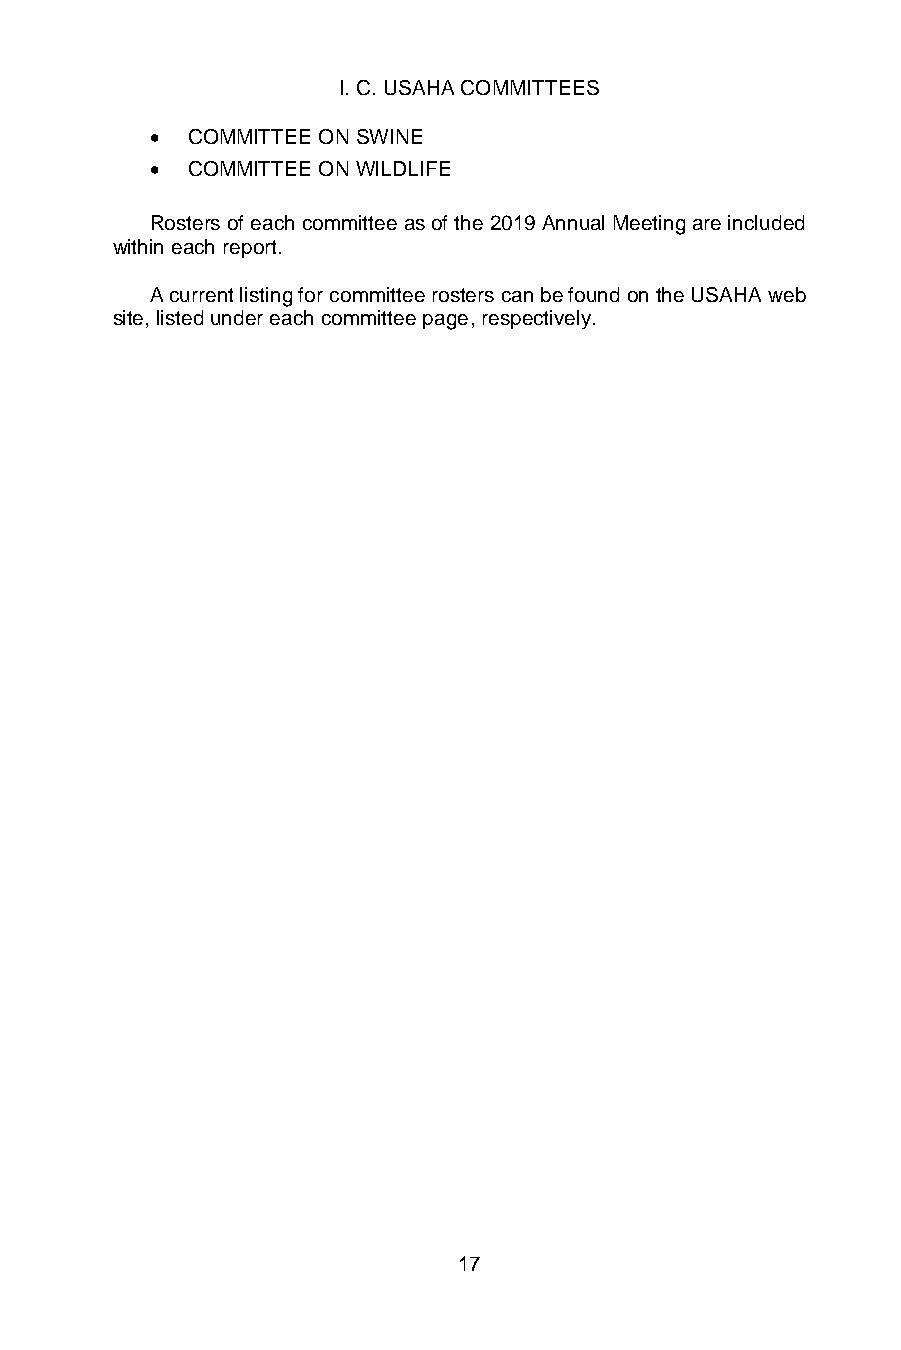
I. C. USAHA COMMITTEES
 • COMMITTEE ON SWINE
 • COMMITTEE ON WILDLIFE
 Rosters of each committee as of the 2019 Annual Meeting are included
 within each report.
 A current listing for committee rosters can be found on the USAHA web
 site, listed under each committee page, respectively.
 17